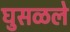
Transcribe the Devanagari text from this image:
घुसळले